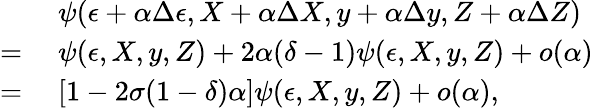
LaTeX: \begin{array}{rl}&{\; \psi(\epsilon+\alpha\Delta\epsilon,X+\alpha\Delta X,y+\alpha\Delta y,Z+\alpha\Delta Z)}\\ {=}&{\; \psi(\epsilon,X,y,Z)+2\alpha(\delta-1)\psi(\epsilon,X,y,Z)+o(\alpha)}\\ {=}&{\; \left[1-2\sigma(1-\delta)\alpha\right]\psi(\epsilon,X,y,Z)+o(\alpha),}\end{array}